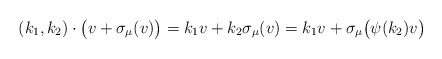
\begin{align*}(k_1,k_2)\cdot\bigl(v+\sigma_\mu(v)\bigr)= k_1v+k_2\sigma_\mu(v)=k_1v+\sigma_\mu\bigl(\psi(k_2)v\bigr)\end{align*}